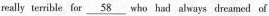
really terrible for \underline{58} who had always dreamed of